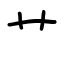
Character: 艹